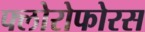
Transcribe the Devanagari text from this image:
फ्लोरोफोरस